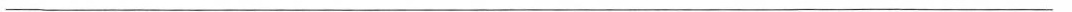
___